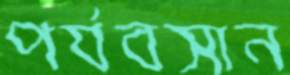
পর্যবসান